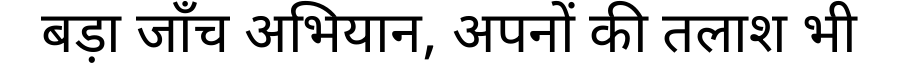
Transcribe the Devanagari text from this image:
बड़ा जाँच अभियान, अपनों की तलाश भी